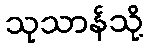
သုသာန်သို့